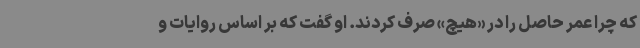
که چرا عمر حاصل را در «هیچ» صرف کردند. او گفت که بر اساس روایات و